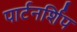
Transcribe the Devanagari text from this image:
पार्टनर्शिप